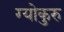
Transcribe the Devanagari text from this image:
ग्योकुरु